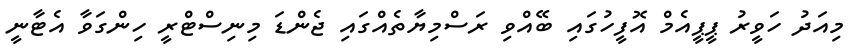
މިއަދު ހަވީރު ޕީޕީއެމް އޮފީހުގައި ބޭއްވި ރަސްމިޔާތެއްގައި ޖެންޑަ މިނިސްޓްރީ ހިންގަވާ އެޓާނީ